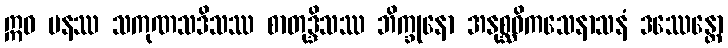
ဣဓ ပနဿ သကုဏသဒိသဿ စာတုဒ္ဒိသဿ ဘိက္ခုနော အနုစ္ဆဝိကသေနာသနံ ဒဿေန္တော